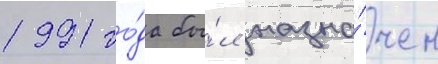
1991 го́да бы́л назна́чен